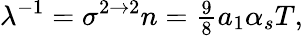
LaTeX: \lambda^{-1}=\sigma^{2\to 2}n={\textstyle{\frac{9}{8}}}a_{1}\alpha_{s}T,